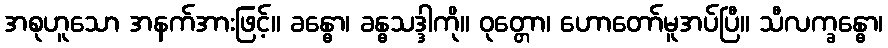
အစုဟူသော အနက်အားဖြင့်။ ခန္ဓော၊ ခန္ဓသဒ္ဒါကို။ ဝုတ္တော၊ ဟောတော်မူအပ်ပြီ။ သီလက္ခန္ဓော၊